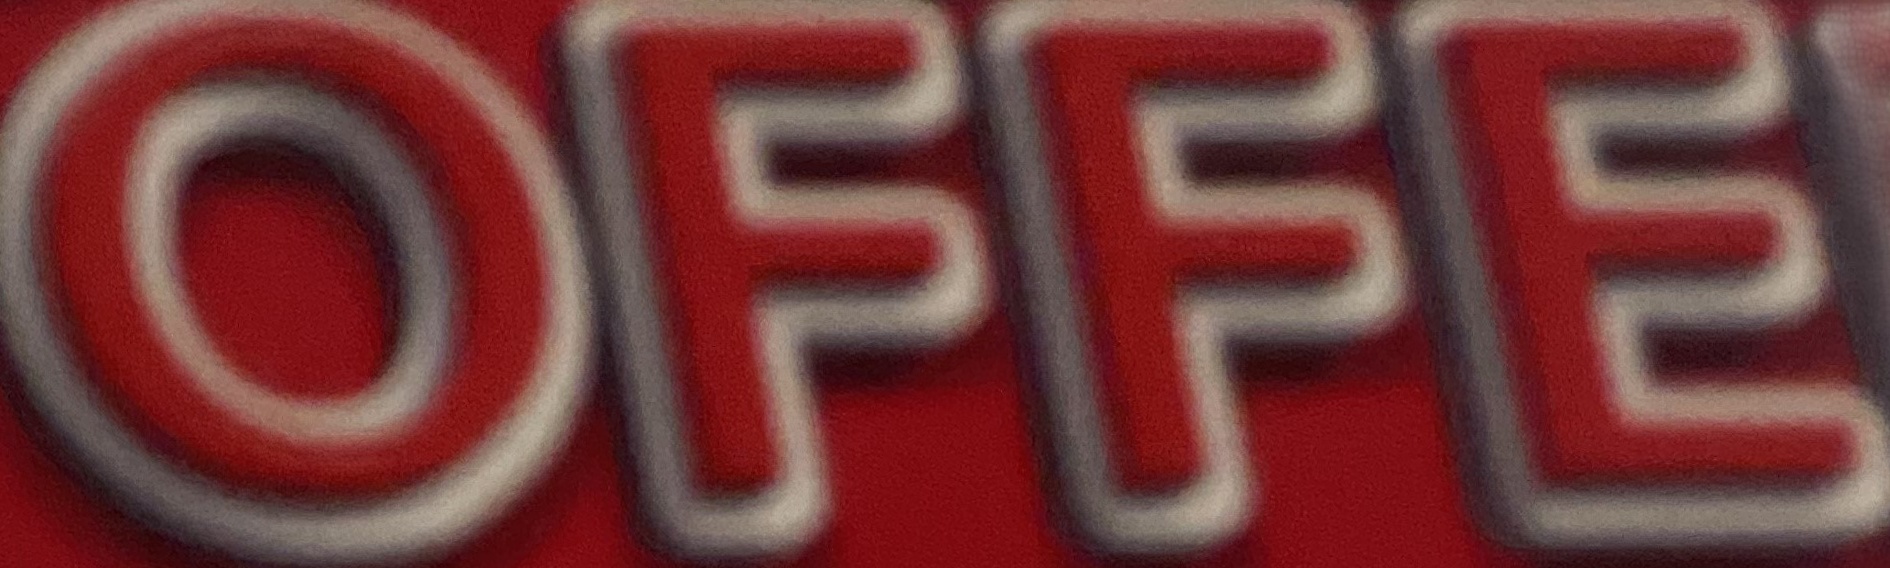
OFFE